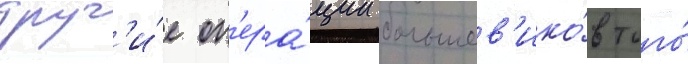
друг'и́е оп'ера́ции большев'ико́в того́